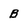
Character: B